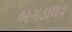
બગડાલવ